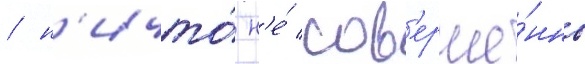
/ н'ичто́ н'е́ сов'ерше́нно